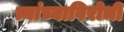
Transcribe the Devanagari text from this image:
त्यांच्याविरोधी